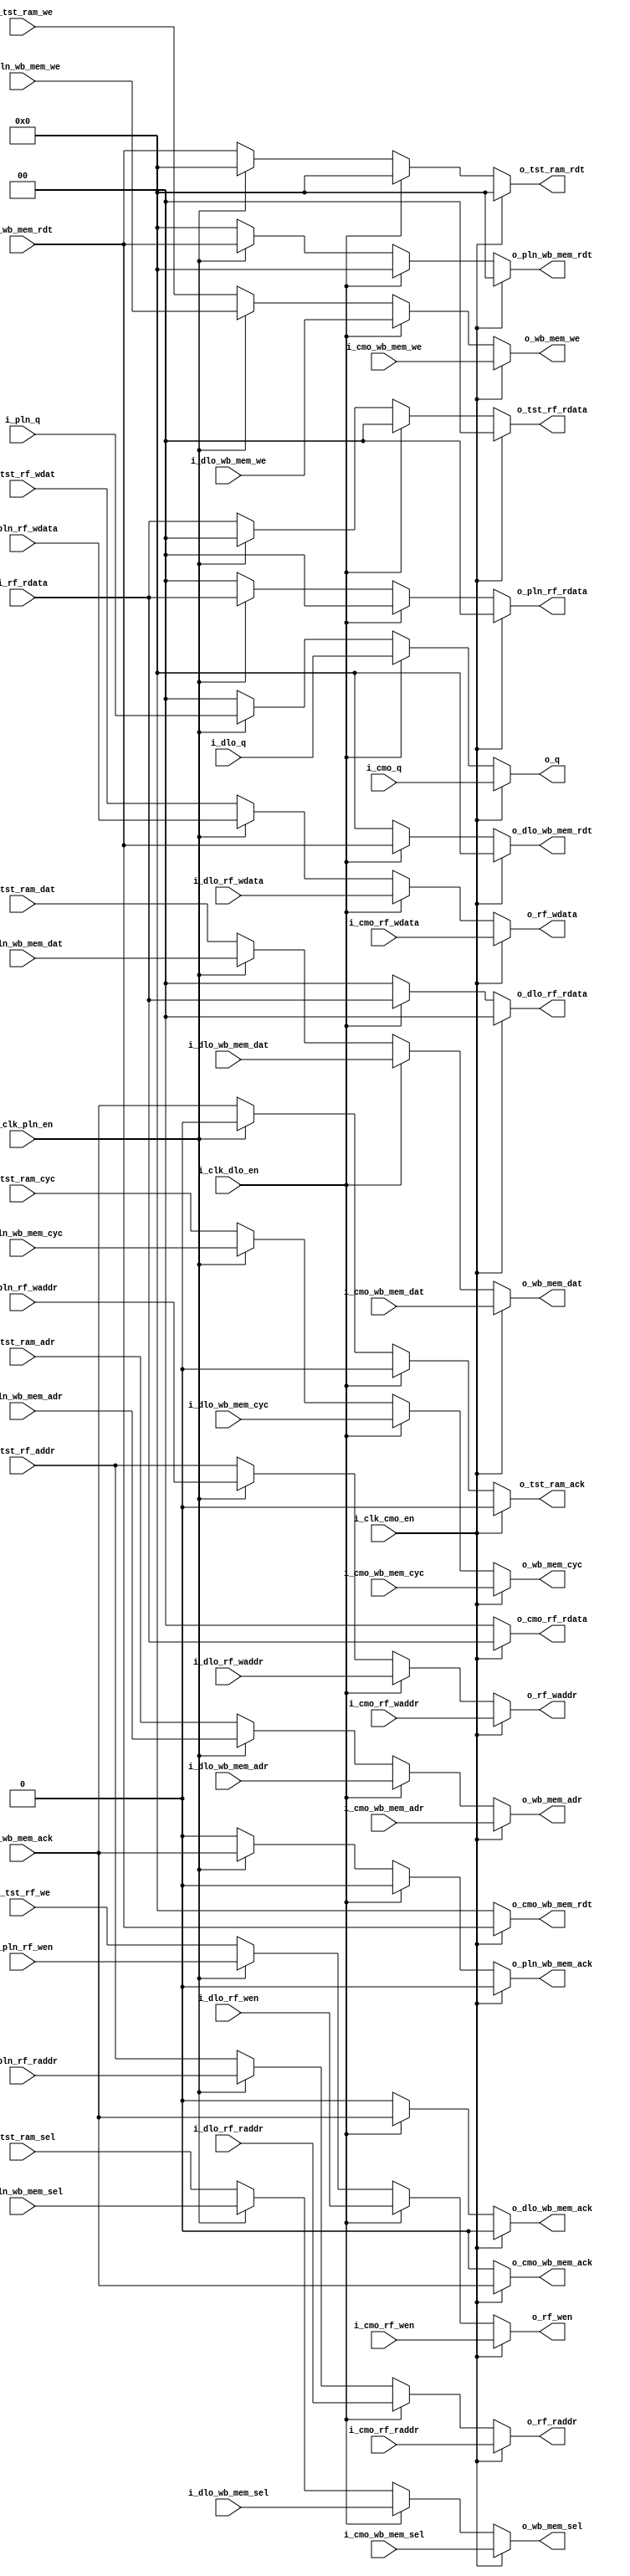
`default_nettype none

module mux(
  input  wire         i_clk_cmo_en,
  input  wire         i_clk_dlo_en,
  input  wire         i_clk_pln_en,
  // tst
  input  wire [8:0]   i_tst_rf_addr,
  input  wire [1:0]   i_tst_rf_wdat,
  input  wire         i_tst_rf_we,
  output reg  [1:0]   o_tst_rf_rdata,
  input  wire [9:0]   i_tst_ram_adr,
  input  wire         i_tst_ram_cyc,
  input  wire         i_tst_ram_we,
  input  wire [3:0]   i_tst_ram_sel,
  input  wire [31:0]  i_tst_ram_dat,
  output reg  [31:0]  o_tst_ram_rdt,
  output reg          o_tst_ram_ack,
  // cmo
  input  wire [1:0]   i_cmo_q,
  input  wire [8:0]   i_cmo_rf_waddr,
  input  wire [1:0]   i_cmo_rf_wdata,
  input  wire         i_cmo_rf_wen,
  input  wire [8:0]   i_cmo_rf_raddr,
  output reg  [1:0]   o_cmo_rf_rdata,
  input  wire [9:0]   i_cmo_wb_mem_adr,
  input  wire         i_cmo_wb_mem_cyc,
  input  wire         i_cmo_wb_mem_we,
  input  wire [3:0]   i_cmo_wb_mem_sel,
  input  wire [31:0]  i_cmo_wb_mem_dat,
  output reg  [31:0]  o_cmo_wb_mem_rdt,
  output reg          o_cmo_wb_mem_ack,
  // dlo
  input  wire [1:0]   i_dlo_q,
  input  wire [8:0]   i_dlo_rf_waddr,
  input  wire [1:0]   i_dlo_rf_wdata,
  input  wire         i_dlo_rf_wen,
  input  wire [8:0]   i_dlo_rf_raddr,
  output reg  [1:0]   o_dlo_rf_rdata,
  input  wire [9:0]   i_dlo_wb_mem_adr,
  input  wire         i_dlo_wb_mem_cyc,
  input  wire         i_dlo_wb_mem_we,
  input  wire [3:0]   i_dlo_wb_mem_sel,
  input  wire [31:0]  i_dlo_wb_mem_dat,
  output reg  [31:0]  o_dlo_wb_mem_rdt,
  output reg          o_dlo_wb_mem_ack,
  // pln
  input  wire [1:0]   i_pln_q,
  input  wire [8:0]   i_pln_rf_waddr,
  input  wire [1:0]   i_pln_rf_wdata,
  input  wire         i_pln_rf_wen,
  input  wire [8:0]   i_pln_rf_raddr,
  output reg  [1:0]   o_pln_rf_rdata,
  input  wire [9:0]   i_pln_wb_mem_adr,
  input  wire         i_pln_wb_mem_cyc,
  input  wire         i_pln_wb_mem_we,
  input  wire [3:0]   i_pln_wb_mem_sel,
  input  wire [31:0]  i_pln_wb_mem_dat,
  output reg  [31:0]  o_pln_wb_mem_rdt,
  output reg          o_pln_wb_mem_ack,
  // q
  output reg [1:0]    o_q,
  // ram
  output reg  [9:0]   o_wb_mem_adr,
  output reg          o_wb_mem_cyc,
  output reg          o_wb_mem_we,
  output reg  [3:0]   o_wb_mem_sel,
  output reg  [31:0]  o_wb_mem_dat,
  input  wire [31:0]  i_wb_mem_rdt,
  input  wire         i_wb_mem_ack,
  // rf
  output reg  [8:0]   o_rf_waddr,
  output reg  [1:0]   o_rf_wdata,
  output reg          o_rf_wen,
  output reg  [8:0]   o_rf_raddr,
  input  wire [1:0]   i_rf_rdata);


  always @* begin
    // cmo default
    o_cmo_rf_rdata   = 2'b0;
    o_cmo_wb_mem_rdt = 32'b0;
    o_cmo_wb_mem_ack = 1'b0;
    // dlo default
    o_dlo_rf_rdata   = 2'b0;
    o_dlo_wb_mem_rdt = 32'b0;
    o_dlo_wb_mem_ack = 1'b0;
    // pln default
    o_pln_rf_rdata   = 2'b0;
    o_pln_wb_mem_rdt = 32'b0;
    o_pln_wb_mem_ack = 1'b0;
    // tst default
    o_tst_rf_rdata   = 2'b0;
    o_tst_ram_rdt    = 32'b0;
    o_tst_ram_ack    = 1'b0;

    if (i_clk_cmo_en) begin
      // q
      o_q              = i_cmo_q;
      // rf              
      o_rf_waddr       = i_cmo_rf_waddr;
      o_rf_wdata       = i_cmo_rf_wdata;
      o_rf_wen         = i_cmo_rf_wen;
      o_rf_raddr       = i_cmo_rf_raddr;
      o_cmo_rf_rdata   = i_rf_rdata;
      // ram            
      o_wb_mem_adr     = i_cmo_wb_mem_adr;
      o_wb_mem_cyc     = i_cmo_wb_mem_cyc;
      o_wb_mem_we      = i_cmo_wb_mem_we;
      o_wb_mem_sel     = i_cmo_wb_mem_sel;
      o_wb_mem_dat     = i_cmo_wb_mem_dat;
      o_cmo_wb_mem_rdt = i_wb_mem_rdt;
      o_cmo_wb_mem_ack = i_wb_mem_ack;
    end else if (i_clk_dlo_en) begin
      // q
      o_q              = i_dlo_q;
      // rf              
      o_rf_waddr       = i_dlo_rf_waddr;
      o_rf_wdata       = i_dlo_rf_wdata;
      o_rf_wen         = i_dlo_rf_wen;
      o_rf_raddr       = i_dlo_rf_raddr;
      o_dlo_rf_rdata   = i_rf_rdata;
      // ram            
      o_wb_mem_adr     = i_dlo_wb_mem_adr;
      o_wb_mem_cyc     = i_dlo_wb_mem_cyc;
      o_wb_mem_we      = i_dlo_wb_mem_we;
      o_wb_mem_sel     = i_dlo_wb_mem_sel;
      o_wb_mem_dat     = i_dlo_wb_mem_dat;
      o_dlo_wb_mem_rdt = i_wb_mem_rdt;
      o_dlo_wb_mem_ack = i_wb_mem_ack;
    end else if (i_clk_pln_en) begin
      // q
      o_q              = i_pln_q;
      // rf              
      o_rf_waddr       = i_pln_rf_waddr;
      o_rf_wdata       = i_pln_rf_wdata;
      o_rf_wen         = i_pln_rf_wen;
      o_rf_raddr       = i_pln_rf_raddr;
      o_pln_rf_rdata   = i_rf_rdata;
      // ram            
      o_wb_mem_adr     = i_pln_wb_mem_adr;
      o_wb_mem_cyc     = i_pln_wb_mem_cyc;
      o_wb_mem_we      = i_pln_wb_mem_we;
      o_wb_mem_sel     = i_pln_wb_mem_sel;
      o_wb_mem_dat     = i_pln_wb_mem_dat;
      o_pln_wb_mem_rdt = i_wb_mem_rdt;
      o_pln_wb_mem_ack = i_wb_mem_ack;
    end else begin
      // q
      o_q             = 2'b0;
      // rf             
      o_rf_waddr      = i_tst_rf_addr;
      o_rf_wdata      = i_tst_rf_wdat;
      o_rf_wen        = i_tst_rf_we;
      o_rf_raddr      = i_tst_rf_addr;
      o_tst_rf_rdata  = i_rf_rdata;
      // ram            
      o_wb_mem_adr     = i_tst_ram_adr;
      o_wb_mem_cyc     = i_tst_ram_cyc;
      o_wb_mem_we      = i_tst_ram_we;
      o_wb_mem_sel     = i_tst_ram_sel;
      o_wb_mem_dat     = i_tst_ram_dat;
      o_tst_ram_rdt    = i_wb_mem_rdt;
      o_tst_ram_ack    = i_wb_mem_ack;
    end
  end

endmodule